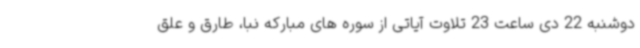
دوشنبه 22 دی ساعت 23 تلاوت آیاتی از سوره های مبارکه نبا، طارق و علق